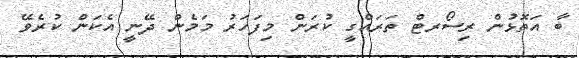
ބާ އަތޮޅުން ރިސޯރޓް ތަރައްގީ ކުރަން މިފަހަރު މަމެން ދޭނީ އެކަން ކުރެވޭ